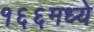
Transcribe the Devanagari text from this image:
१६६मध्ये